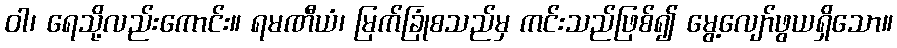
ဝါ၊ ရေသို့လည်းကောင်း။ ရမဏီယံ၊ မြက်ခြုံစသည်မှ ကင်းသည်ဖြစ်၍ မွေ့လျော်ဖွယရှိသော။